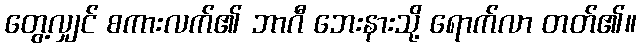
တွေ့လျှင် စကားလက်၏ ဘာဂီ ဘေးနားသို့ ရောက်လာ တတ်၏။